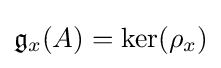
{\mathfrak {g}}_{x}(A)=\ker(\rho _{x})